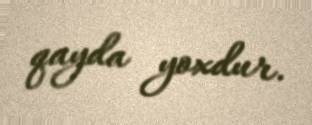
qayda yoxdur.